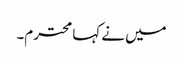
میں نے کہا محترم۔